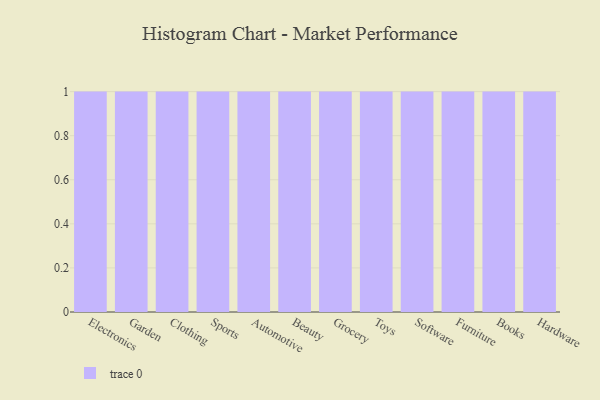
{"axis": {"x": "Category", "y": "Population (Million)"}, "legend": [""], "data": [{"x": "Electronics", "y": 49, "type": ""}, {"x": "Garden", "y": 56, "type": ""}, {"x": "Clothing", "y": 60, "type": ""}, {"x": "Sports", "y": 92, "type": ""}, {"x": "Automotive", "y": 31, "type": ""}, {"x": "Beauty", "y": 87, "type": ""}, {"x": "Grocery", "y": 83, "type": ""}, {"x": "Toys", "y": 5, "type": ""}, {"x": "Software", "y": 28, "type": ""}, {"x": "Furniture", "y": 70, "type": ""}, {"x": "Books", "y": 78, "type": ""}, {"x": "Hardware", "y": 78, "type": ""}]}